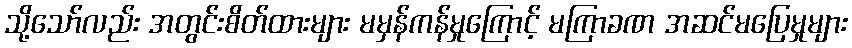
သို့သော်လည်း အတွင်းစိတ်ထားများ မမှန်ကန်မှုကြောင့် မကြာခဏ အဆင်မပြေမှုများ